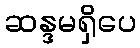
ဆန္ဒမရှိပေ